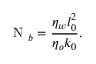
\mathrm { ~ N ~ } _ { b } = \frac { \eta _ { w } l _ { 0 } ^ { 2 } } { \eta _ { o } k _ { 0 } } .